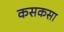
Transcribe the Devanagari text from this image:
कसकसा